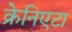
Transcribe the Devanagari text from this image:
क्रेनिएटा